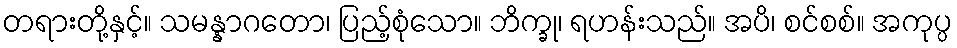
တရားတို့နှင့်။ သမန္နာဂတော၊ ပြည့်စုံသော။ ဘိက္ခု၊ ရဟန်းသည်။ အပိ၊ စင်စစ်။ အကုပ္ပ